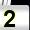
Digit: 2